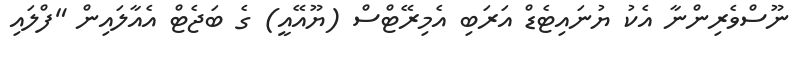
ނޫސްވެރިންނާ އެކު ޔުނައިޓެޑް އަރަބި އެމިރޭޓްސް (ޔޫއޭއީ) ގެ ބަޖެޓް އެއާލައިން "ފްލައި